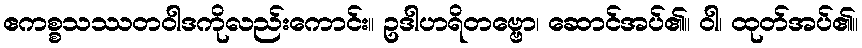
ဧကစ္စသဿတဝါဒကိုလည်းကောင်း။ ဥဒါဟရိတဗ္ဗော၊ ဆောင်အပ်၏။ ဝါ၊ ထုတ်အပ်၏။